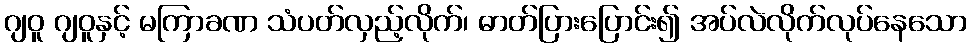
ဂျဝူ ဂျဝူနှင့် မကြာခဏ သံပတ်လှည့်လိုက်၊ ဓာတ်ပြားပြောင်း၍ အပ်လဲလိုက်လုပ်နေသော